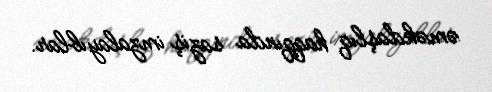
əməkdaşlıq haqqında saziş imzalayıblar.